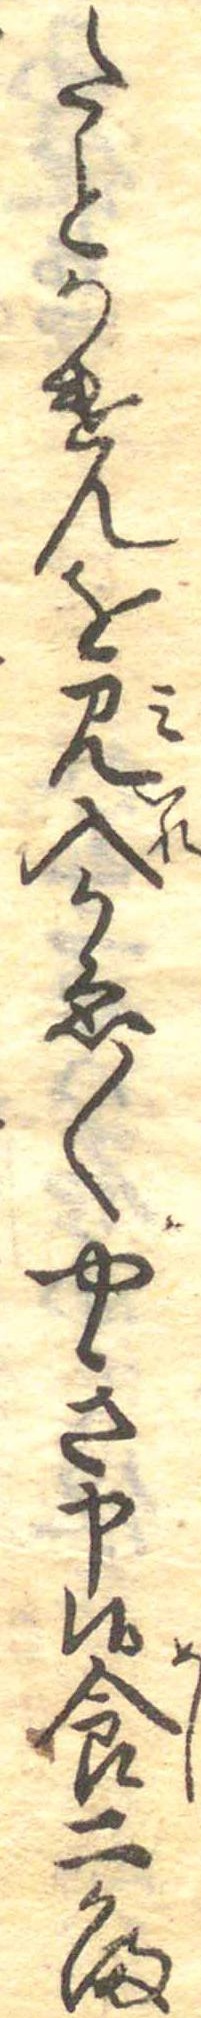
たとかけんを見入かゑ〱やき申候食二かま